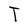
Character: T